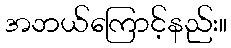
အဘယ်ကြောင့်နည်း။